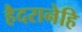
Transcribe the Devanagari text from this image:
हैदरानेहि